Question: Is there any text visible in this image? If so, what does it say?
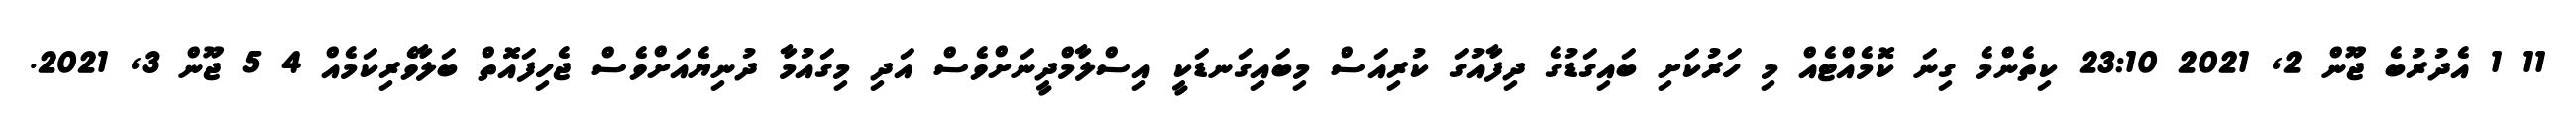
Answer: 11 1 އެދުރުބެ ޖޫން 2, 2021 23:10 ކިތެންމެ ގިނަ ކޮމެއްޓެއް މި ހަރުކަށި ބައިގަޑުގެ ދިފާއުގަ ކުރިއަސް މިބައިގަނޑަކީ އިސްލާމްދީނަށްވެސް އަދި މިގައުމާ ދުނިޔެއަށްވެސް ޖެހިފައޮތް ބަލާވެރިކަމެއް 4 5 ޖޫން 3, 2021.